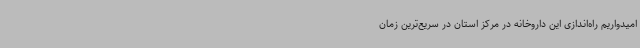
امیدواریم راه‌اندازی این داروخانه در مرکز استان در سریع‌ترین زمان